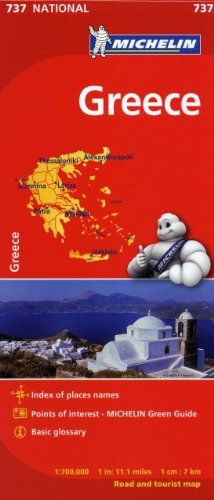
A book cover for Michelin Greece Map 737 (Maps/Country (Michelin)); Michelin Travel & Lifestyle; Travel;